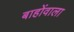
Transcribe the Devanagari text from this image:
बाहोंवाला